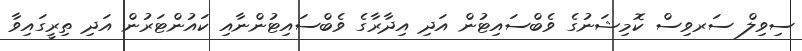
ސިވިލް ސަރވިސް ކޮމިޝަނުގެ ވެބްސައިޓުން އަދި އިދާރާގެ ވެބްސައިޓުންނާއި ކައުންޓަރުން އަދި ތިރީގައިވާ